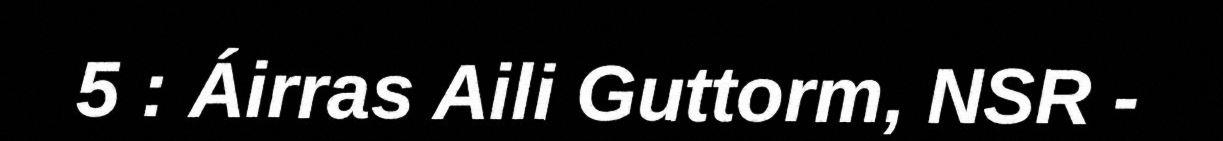
5 : Áirras Aili Guttorm, NSR -